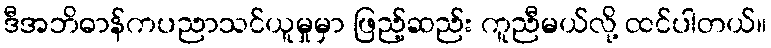
ဒီအဘိဓာန်ကပညာသင်ယူမှုမှာ ဖြည့်ဆည်း ကူညီမယ်လို့ ထင်ပါတယ်။